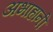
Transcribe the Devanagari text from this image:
अभाहानी